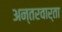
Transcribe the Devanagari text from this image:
अन्तरवार्ता